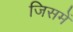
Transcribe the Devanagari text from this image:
जिसमें